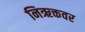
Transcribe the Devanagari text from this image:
निऋक्तवर